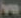
ve